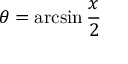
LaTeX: \theta = \arcsin { \frac { x } { 2 } }